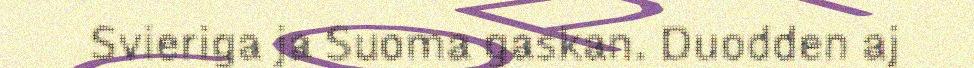
Svieriga ja Suoma gaskan. Duodden aj